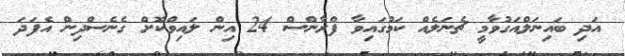
އަދި ބައިނަލްއަގުވާމީ ޗެނަލެއް ކަމުގައިވާ ފްރާންސް 24 އިން ލައިވްކޮށް ގެނެސްދިން އެފަދަ